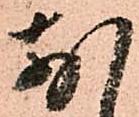
前